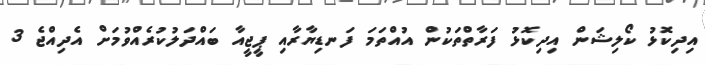
އިދިކޮޅު ކޯލިޝަން އިދިކޮޅު ފަރާތްތަކުން އުއްތަމަ ފަނޑިޔާރާއި ޕީޖީއާ ބައްދަލުކުރެއްވުމަށް އެދިއްޖެ 3